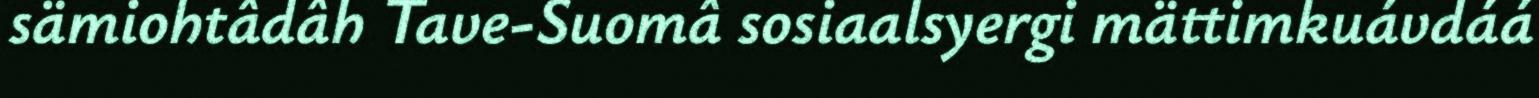
sämiohtâdâh Tave-Suomâ sosiaalsyergi mättimkuávdáá